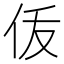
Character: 𬽴